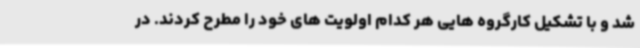
شد و با تشکیل کارگروه هایی هر کدام اولویت های خود را مطرح کردند. در